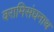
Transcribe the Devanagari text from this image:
वरामिसंघनाथ